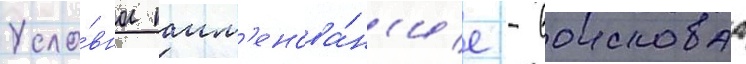
Усло́вное наим'енова́н'ие - воисковаа